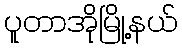
ပူတာအိုမြို့နယ်